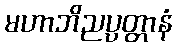
မဟာဘိညပ္ပတ္တာနံ